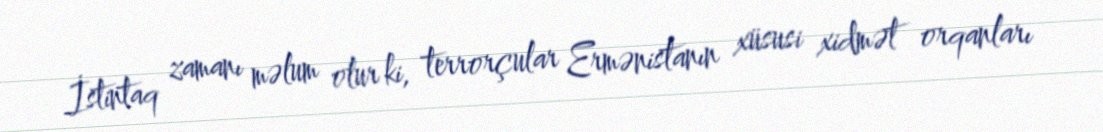
İstintaq zamanı məlum olur ki, terrorçular Ermənistanın xüsusi xidmət orqanları